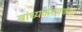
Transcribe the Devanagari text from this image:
बांध्यकरणकहा